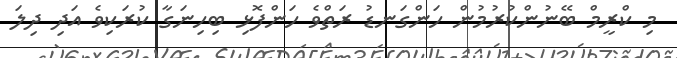
މި ކްރީމް ބޭނުންކުރުމުން ހަންގަނޑު ރަތްވެ ހަންފޮޅި ބިހިނަގާ ކުރަކިވެ އަދި ދިލަ